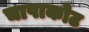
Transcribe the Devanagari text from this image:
चापाकोट